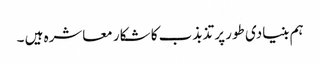
ہم بنیادی طور پر تذبذب کا شکار معاشرہ ہیں ۔